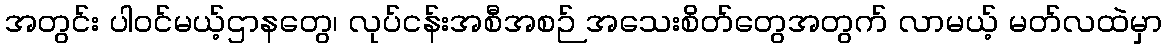
အတွင်း ပါဝင်မယ့်ဌာနတွေ၊ လုပ်ငန်းအစီအစဉ် အသေးစိတ်တွေအတွက် လာမယ့် မတ်လထဲမှာ